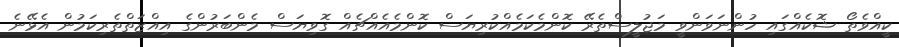
ކީއްވެތޯ ޝޮކެއްގައި ހުންނަވަންވީ މަޖުލީސްތެރޭ ކޮންމެކަމެއްކުރިޔަސް ކޮންމެއެއްޗެއް ގޮވިޔަސް މެންބަރުންގެ އިއްޒަތްތެރިކަމުން އެޅޭނެ